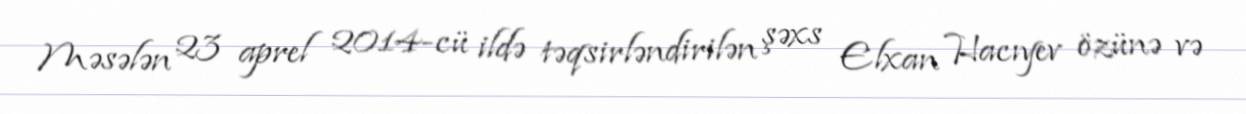
Məsələn 23 aprel 2014-cü ildə təqsirləndirilən şəxs Elxan Hacıyev özünə və